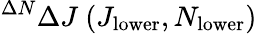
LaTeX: ^{\Delta N}\Delta J\ (J_{\mathrm{lower}},N_{\mathrm{lower}})